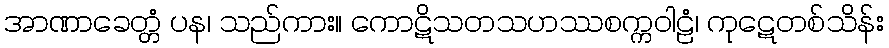
အာဏာခေတ္တံ ပန၊ သည်ကား။ ကောဋိသတသဟဿစက္ကဝါဠံ၊ ကုဋေတစ်သိန်း